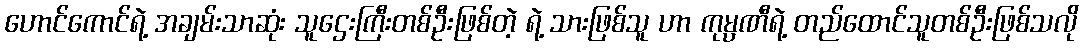
ဟောင်ကောင်ရဲ့ အချမ်းသာဆုံး သူဌေးကြီးတစ်ဦးဖြစ်တဲ့ ရဲ့ သားဖြစ်သူ ဟာ ကုမ္ပဏီရဲ့ တည်ထောင်သူတစ်ဦးဖြစ်သလို